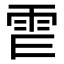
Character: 𩁿